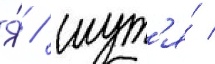
Я́ / шут'я́ /